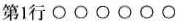
第1行